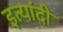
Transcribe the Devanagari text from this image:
इत्यांदी